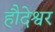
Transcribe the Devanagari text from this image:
हौदेश्वर